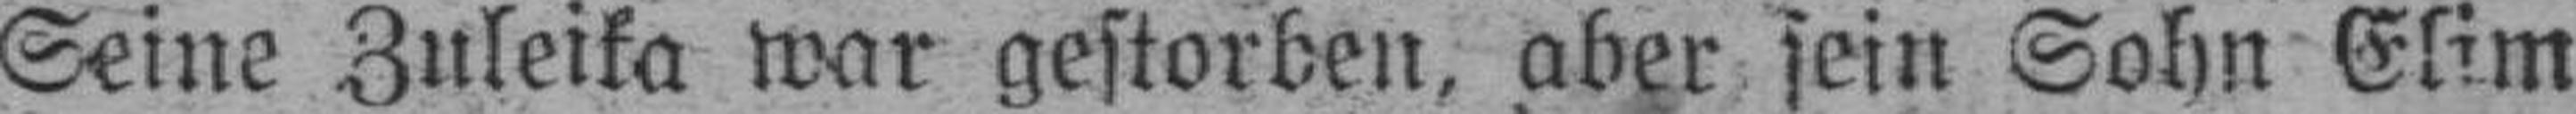
Seine Zuleika war gestorben, aber sein Sohn Elim